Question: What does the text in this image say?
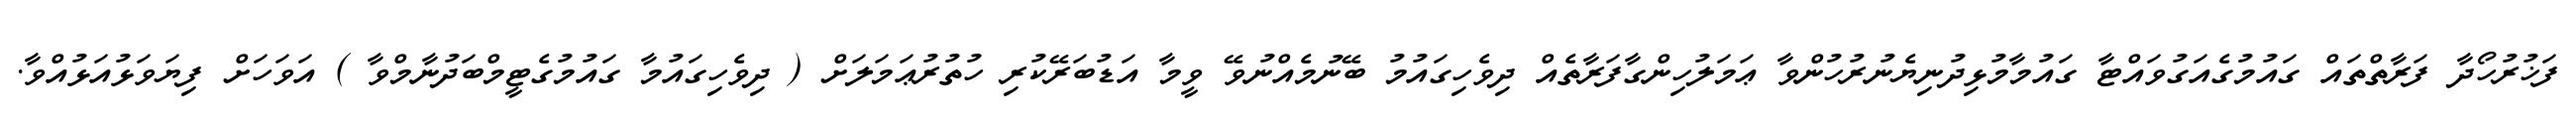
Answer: ފަޚުރުހޯދާ ފަރާތްތައް ގައުމުގެއަގުވައްޓާ ގައުމާމުޅިދުނިޔެނުރުހުންވާ ޢަމަލުހިންގާފަރާތެއް ދިވެހިގައުމު ބޭނުމެއްނުވޭ ވީމާ އަޑުބަރޭކުރި ހުތުރުޢަމަލަށް ( ދިވެހިގައުމާ ގައުމުގެޓީމްބަދުނާމްވާ ) އަވަހަށް ފިޔަވަޅުއަޅުއްވާ.